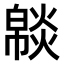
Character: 𤎥